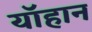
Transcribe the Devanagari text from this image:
यॉहान